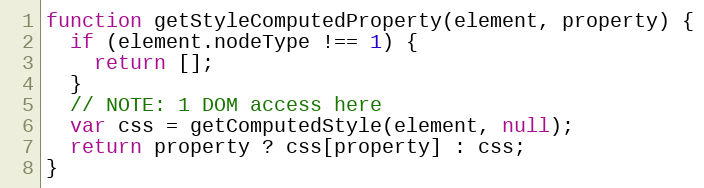
Language: JavaScript
function getStyleComputedProperty(element, property) {
  if (element.nodeType !== 1) {
    return [];
  }
  // NOTE: 1 DOM access here
  var css = getComputedStyle(element, null);
  return property ? css[property] : css;
}